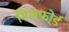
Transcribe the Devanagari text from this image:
मिलफ़ोर्ड